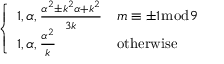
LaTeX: \left\{ \begin{array} { l l } { 1 , \alpha , { \frac { \alpha ^ { 2 } \pm k ^ { 2 } \alpha + k ^ { 2 } } { 3 k } } } & { m \equiv \pm 1 { \bmod { 9 } } } \\ { 1 , \alpha , { \frac { \alpha ^ { 2 } } { k } } } & { { \mathrm { o t h e r w i s e } } } \end{array} \right.